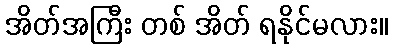
အိတ်အကြီး တစ် အိတ် ရနိုင်မလား။